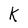
Character: K